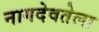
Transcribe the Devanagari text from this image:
नागदेवतेला